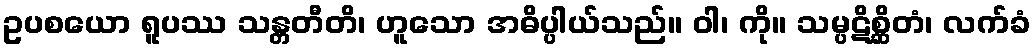
ဥပစယော ရူပဿ သန္တတီတိ၊ ဟူသော အဓိပ္ပါယ်သည်။ ဝါ၊ ကို။ သမ္ပဋိစ္ဆိတံ၊ လက်ခံ